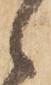
之